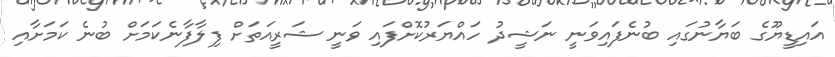
އައިޑީޔޫގެ ބަޔާނުގައި ބުނެފައިވަނީ ނަޝީދު ހައްޔަރުކޮށްފައި ވަނީ ޝަރީއަތަށް ފިލާފާނެކަމަށް ބުނެ ކަމަށާއި